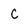
Character: C